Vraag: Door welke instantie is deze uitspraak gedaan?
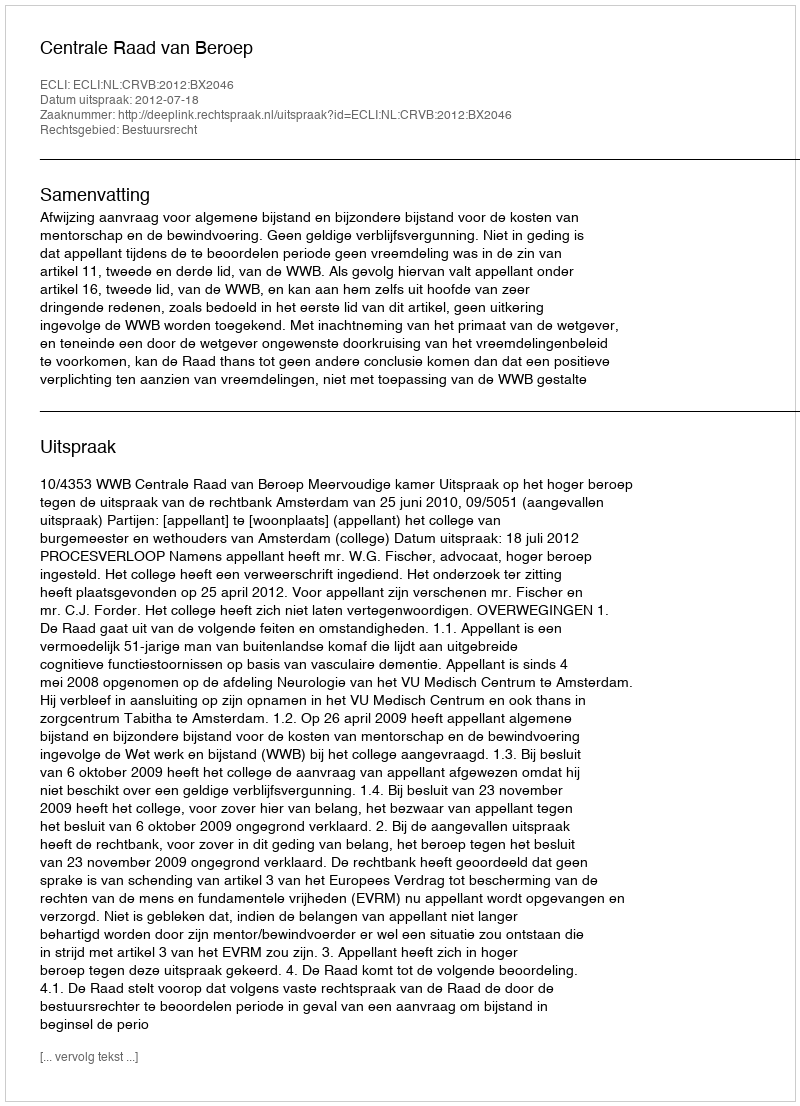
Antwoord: Centrale Raad van Beroep